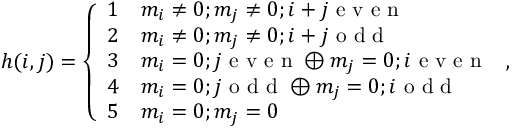
h ( i , j ) = \left\{ \begin{array} { l l } { 1 } & { m _ { i } \neq 0 ; m _ { j } \neq 0 ; i + j \mathrm { ~ e ~ v ~ e ~ n ~ } } \\ { 2 } & { m _ { i } \neq 0 ; m _ { j } \neq 0 ; i + j \mathrm { ~ o ~ d ~ d ~ } } \\ { 3 } & { m _ { i } = 0 ; j \mathrm { ~ e ~ v ~ e ~ n ~ } \oplus m _ { j } = 0 ; i \mathrm { ~ e ~ v ~ e ~ n ~ } } \\ { 4 } & { m _ { i } = 0 ; j \mathrm { ~ o ~ d ~ d ~ } \oplus m _ { j } = 0 ; i \mathrm { ~ o ~ d ~ d ~ } } \\ { 5 } & { m _ { i } = 0 ; m _ { j } = 0 } \end{array} \right. ,